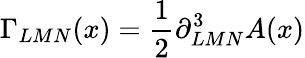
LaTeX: \Gamma_{LMN}(x)={\frac{1}{2}}\partial_{LMN}^{3}A(x)